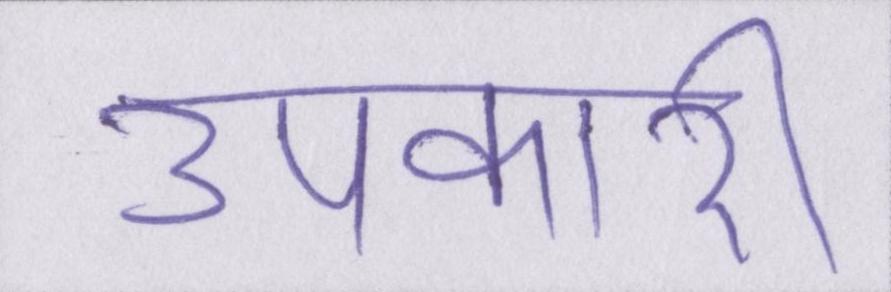
उपकारी